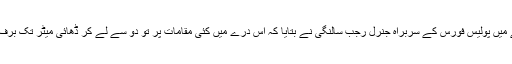
اس علاقے میں پولیس فورس کے سربراہ جنرل رجب سالنگی نے بتایا کہ اس درے میں کئی مقامات پر تو دو سے لے کر ڈھائی میٹر تک برف پڑی ہے۔